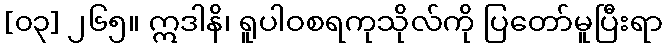
[၀၃] ၂၆၅။ ဣဒါနိ၊ ရူပါဝစရကုသိုလ်ကို ပြတော်မူပြီးရာ